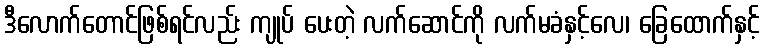
ဒီလောက်တောင်ဖြစ်ရင်လည်း ကျုပ် ပေးတဲ့ လက်ဆောင်ကို လက်မခံနှင့်လေ၊ ခြေထောက်နှင့်